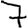
Digit: 7